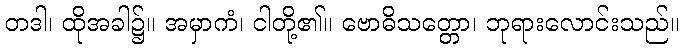
တဒါ၊ ထိုအခါ၌။ အမှာကံ၊ ငါတို့၏။ ဗောဓိသတ္တော၊ ဘုရားလောင်းသည်။